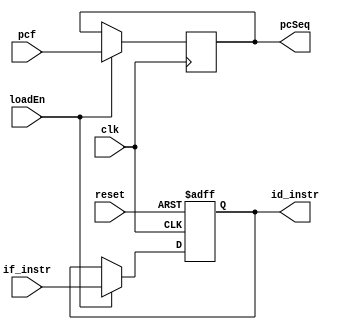
module pr_if_id(
    input             clk, reset,
    input             loadEn,
    input      [31:0] pcf,
    input      [31:0] if_instr,
    output reg [31:0] pcSeq,
    output reg [31:0] id_instr
);

  always @(posedge clk or posedge reset) begin
      if (reset)
          // No need to reset PC. Instruction is nop anyway.
          id_instr <= 32'h0;  // Nop instruction : sll $zero, $zero, $zero
      else if (loadEn)
          id_instr <= #10 if_instr;
  end

  always @(posedge clk) begin
      if (loadEn)
          pcSeq    <= #10 pcf;
  end
endmodule